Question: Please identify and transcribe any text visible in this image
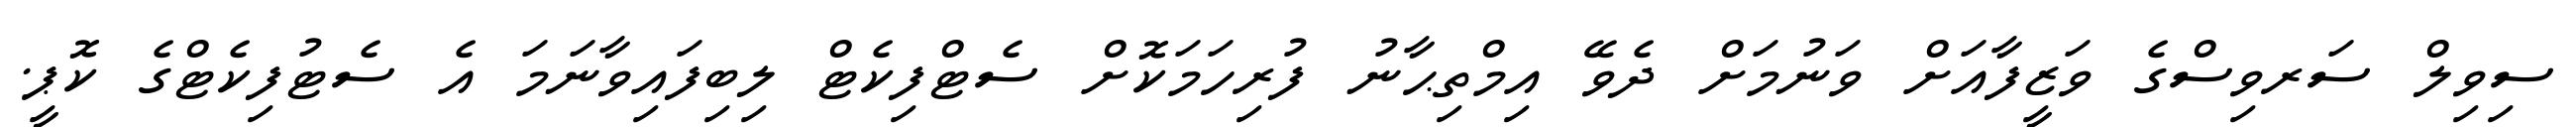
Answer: ސިވިލް ސަރވިސްގެ ވަޒީފާއަށް ވަނުމަށް ދެވޭ އިމްތިޙާނު ފުރިހަމަކޮށް ސެޓްފިކެޓް ލިބިފައިވާނަމަ އެ ސެޓުފިކެޓްގެ ކޮޕީ.